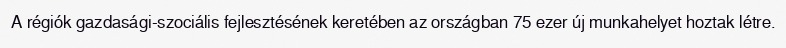
A régiók gazdasági-szociális fejlesztésének keretében az országban 75 ezer új munkahelyet hoztak létre.